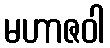
မဟာဇဝါ